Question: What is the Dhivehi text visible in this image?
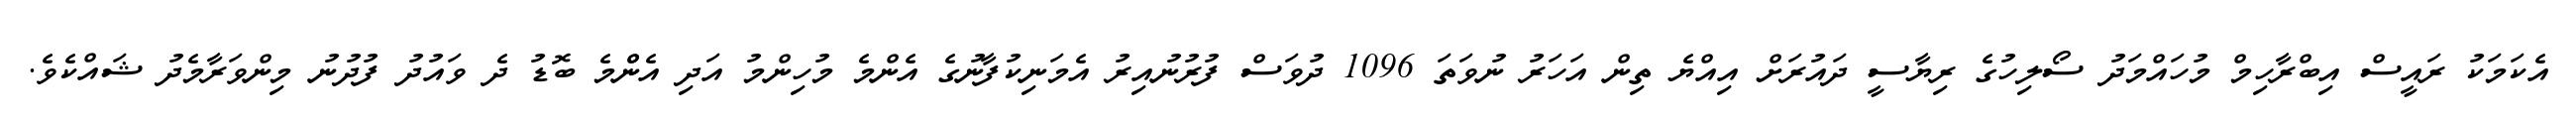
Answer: އެކަމަކު ރައީސް އިބްރާހިމް މުހައްމަދު ސޯލިހުގެ ރިޔާސީ ދައުރަށް އިއްޔެ ތިން އަހަރު ނުވަތަ 1096 ދުވަސް ފުރުނުއިރު އެމަނިކުފާނުގެ އެންމެ މުހިންމު އަދި އެންްމެ ބޮޑު ދެ ވައުދު ފުދުނު މިންވަރާމެދު ޝައްކެވެ.